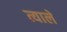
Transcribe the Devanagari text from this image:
त्याले